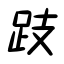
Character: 跂